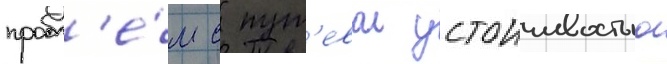
пробл'е́м с пут'евои устоичивостью